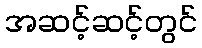
အဆင့်ဆင့်တွင်